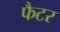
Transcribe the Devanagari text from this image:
फैटर